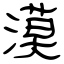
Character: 漠